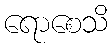
ရောစေသိ